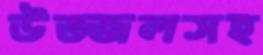
উজ্জলসহ